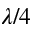
\lambda / 4